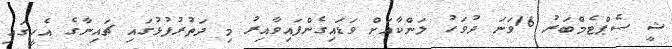
ޝީ ސެޕްޓެމްބަރު 16ވަނަ ދުވަހު ލަންކާއަށް ވަޑައިގެންފައިވާއިރު މި ދަތުރުފުޅުގައި ޗައިނާގެ އެހީގައި